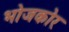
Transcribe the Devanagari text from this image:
भोजकोर